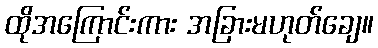
ထိုအကြောင်းကား အခြားမဟုတ်ချေ။